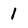
Character: 1